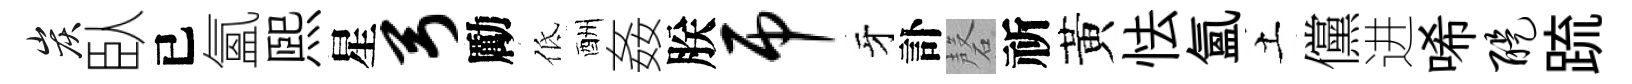
炭臥已氳煕星弓勵低酬姦朕吊牙訃磬祈黃怯氲土儻进唏醍䟽